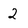
Character: 2